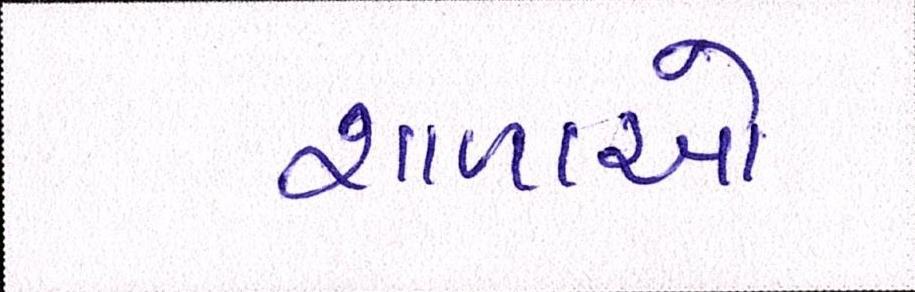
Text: શાળાઓ